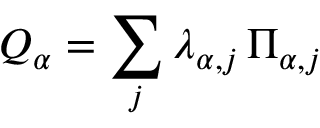
Q _ { \alpha } = \sum _ { j } \lambda _ { \alpha , j } \, \Pi _ { \alpha , j }